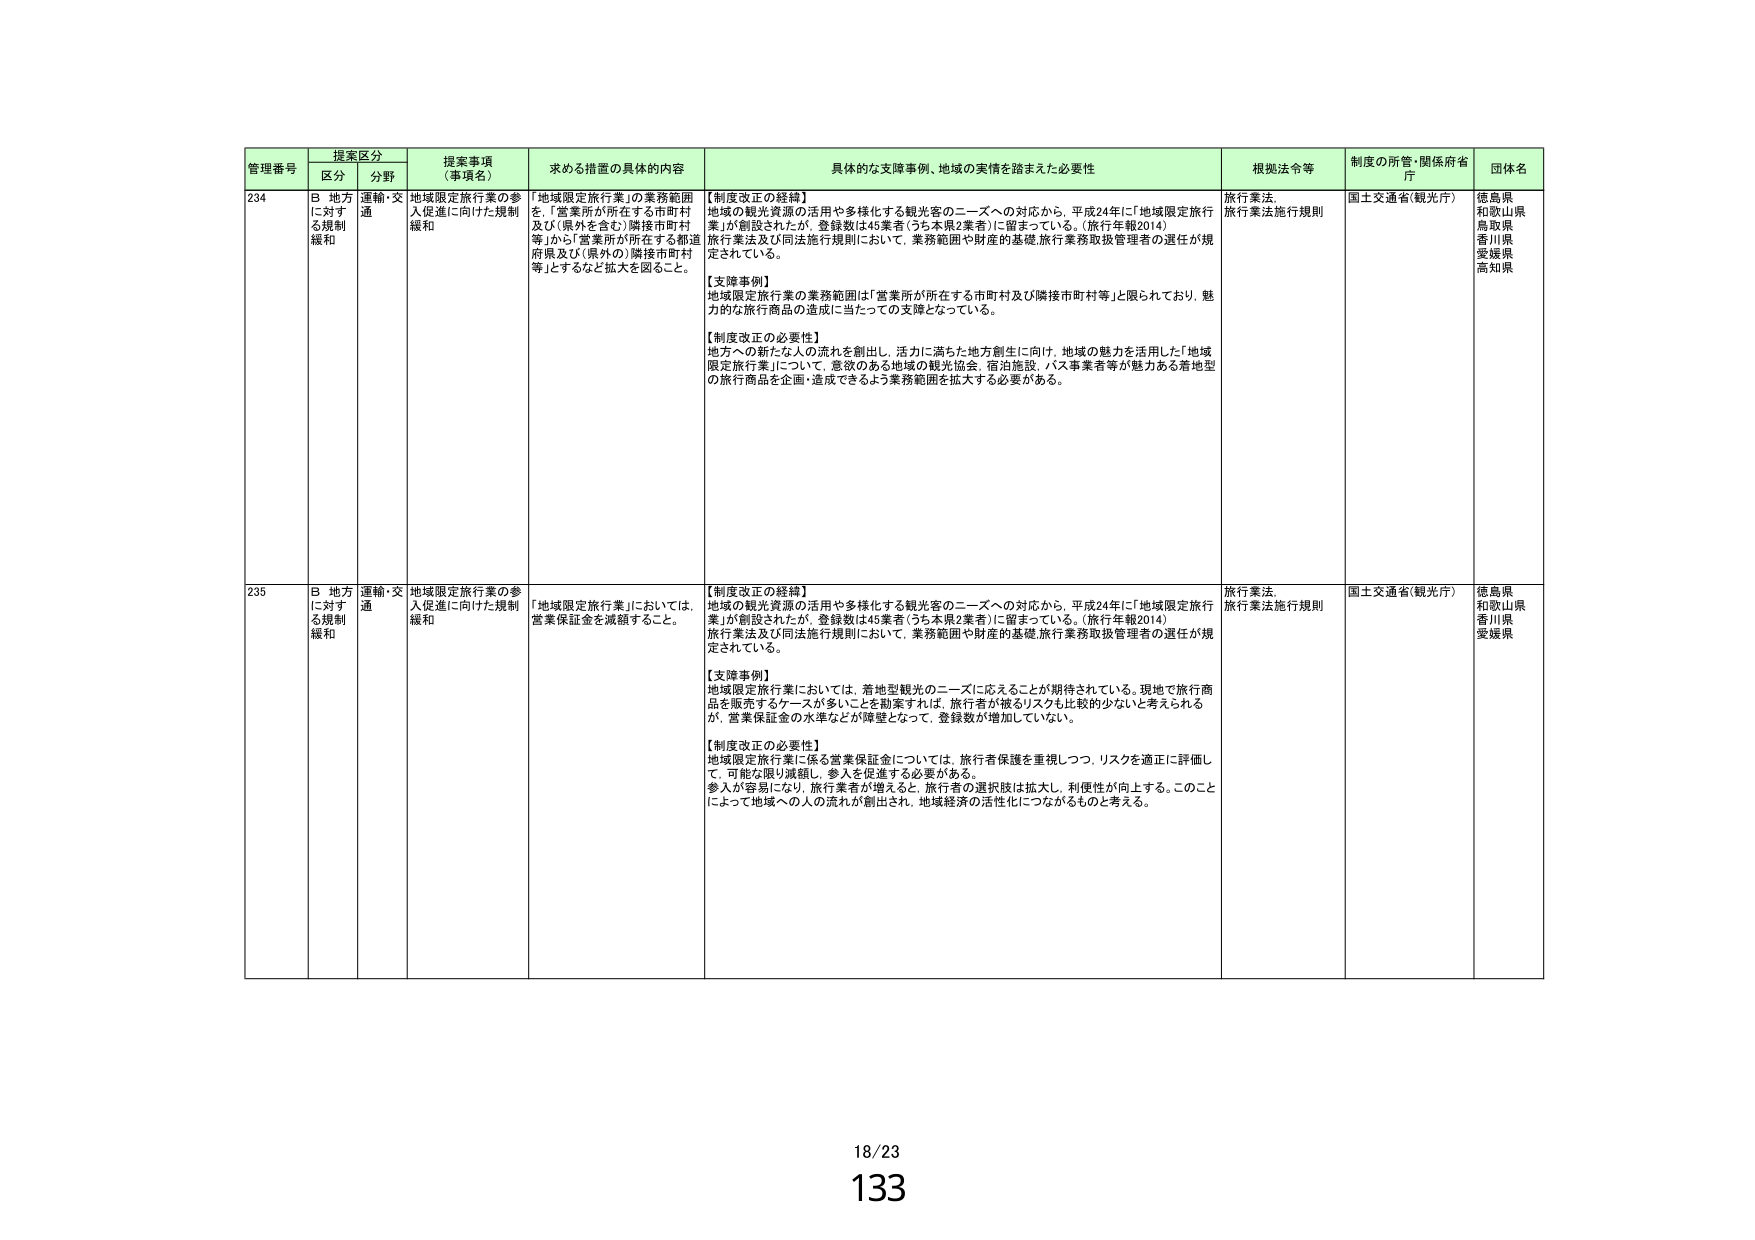
管理番号 提案区分 提案事項（事項名） 求める措置の具体的内容 具体的な支援事例、地域の実情を踏まえた必要性 根拠法令等 制度の所管・関係府省庁 団体名
区分 分野
234 B 地方に対する規制緩和 運輸・交通 地域限定旅行業の参入促進に向けた規制緩和 「地域限定旅行業」の業務範囲を、「営業所が所在する市町村及び（県外を含む）隣接市町村等」から「営業所が所在する都道府県及び（県外の）隣接市町村等」とするなど拡大を図ること。 【制度改正の経緯】 地域の観光資源の活用や多様化する観光客のニーズへの対応から、平成24年に「地域限定旅行業」が創設されたが、登録数は45業者（うち本県2業者）に留まっている。（旅行年報2014） 旅行業法及び同法施行規則において、業務範囲や財産的基礎・旅行業務取扱管理者の選任が規定されている。 【支援事例】 地域限定旅行業の業務範囲は「営業所が所在する市町村及び隣接市町村等」と限られており、魅力的な旅行商品の造成に当たっての支障となっている。 【制度改正の必要性】 地方への新たな人の流れを創出し、活力に満ちた地方創生に向け、地域の魅力を活用した「地域限定旅行業」について、意欲のある地域の観光協会、宿泊施設、バス事業者等が魅力ある着地型の旅行商品を企画・造成できるよう業務範囲を拡大する必要がある。 旅行業法 旅行業法施行規則 国土交通省（観光庁） 徳島県 和歌山県 鳥取県 香川県 愛媛県 高知県
235 B 地方に対する規制緩和 運輸・交通 地域限定旅行業の参入促進に向けた規制緩和 「地域限定旅行業」においては、営業保証金を減額すること。 【制度改正の経緯】 地域の観光資源の活用や多様化する観光客のニーズへの対応から、平成24年に「地域限定旅行業」が創設されたが、登録数は45業者（うち本県2業者）に留まっている。（旅行年報2014） 旅行業法及び同法施行規則において、業務範囲や財産的基礎・旅行業務取扱管理者の選任が規定されている。 【支援事例】 地域限定旅行業においては、着地型観光のニーズに応えることが期待されている。現地で旅行商品を販売するケースが多いことを勘案すれば、旅行者が被るリスクも比較的少ないと考えられるが、営業保証金の水準などが障壁となって、登録数が増加していない。 【制度改正の必要性】 地域限定旅行業に係る営業保証金については、旅行者保護を重視しつつ、リスクを適正に評価し、可能な限り減額し、参入を促進する必要がある。 参入が容易になり、旅行業者が増えると、旅行者の選択肢は拡大し、利便性が向上する。このことによって地域への人の流れが創出され、地域経済の活性化につながるものと考える。 旅行業法 旅行業法施行規則 国土交通省（観光庁） 徳島県 和歌山県 香川県 愛媛県
18/23
133